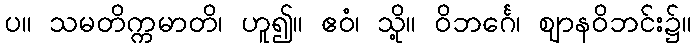
ပ။ သမတိက္ကမာတိ၊ ဟူ၍။ ဧဝံ၊ သို့။ ဝိဘင်္ဂေ၊ ဈာနဝိဘင်း၌။